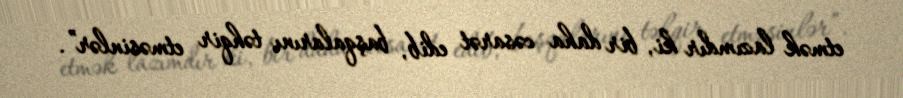
etmək lazımdır ki, bir daha cəsarət edib, başqalarını təhqir etməsinlər”.